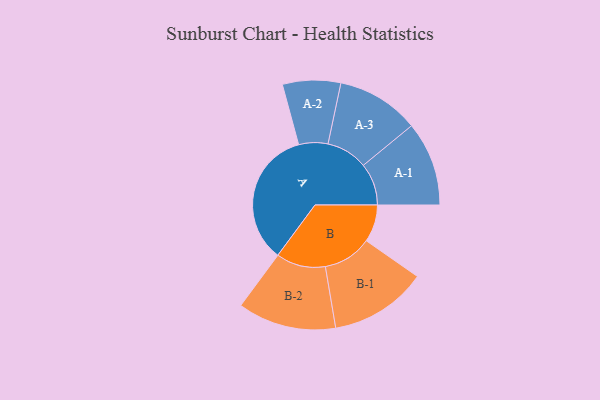
{"axis": {"x": "Segment", "y": "Value"}, "legend": ["", "A", "B"], "data": [{"x": "A", "y": 482, "type": ""}, {"x": "B", "y": 131, "type": ""}, {"x": "A-1", "y": 148, "type": "A"}, {"x": "A-2", "y": 102, "type": "A"}, {"x": "A-3", "y": 145, "type": "A"}, {"x": "B-1", "y": 171, "type": "B"}, {"x": "B-2", "y": 173, "type": "B"}]}